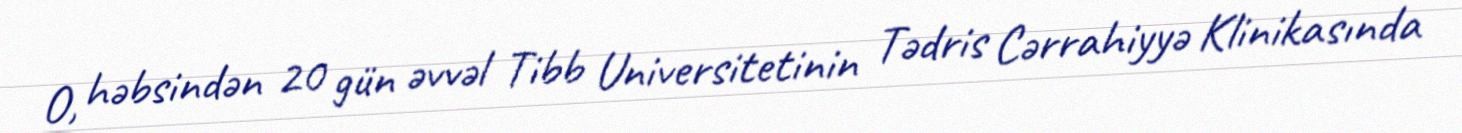
O, həbsindən 20 gün əvvəl Tibb Universitetinin Tədris Cərrahiyyə Klinikasında